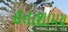
હતાશામય